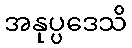
အနုပ္ပဒေသိ